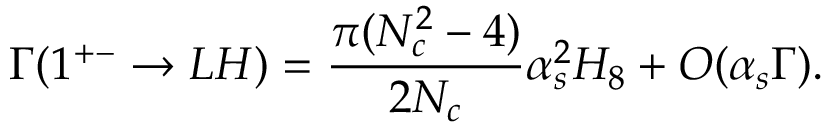
\Gamma ( 1 ^ { + - } \rightarrow L H ) = \frac { \pi ( N _ { c } ^ { 2 } - 4 ) } { 2 N _ { c } } \alpha _ { s } ^ { 2 } H _ { 8 } + O ( \alpha _ { s } \Gamma ) .